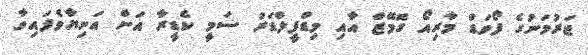
ޖަރުމަނުގެ ފޯވަޑް މާރިއޯ ގޮމޭޒް އާއި މިޑްފީލްޑަރު ސަމީ ކެޑީރާ އަށް އަނިޔާވެފައިވާ